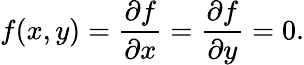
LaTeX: f(x,y)={\frac{\partial f}{\partial x}}={\frac{\partial f}{\partial y}}=0.